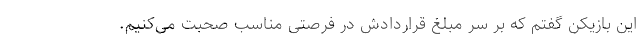
این بازیکن گفتم که بر سر مبلغ قراردادش در فرصتی مناسب صحبت می‌کنیم.